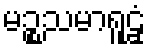
မဉ္စသမာရူဠှံ